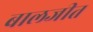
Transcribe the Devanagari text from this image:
बालजीत